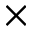
\times